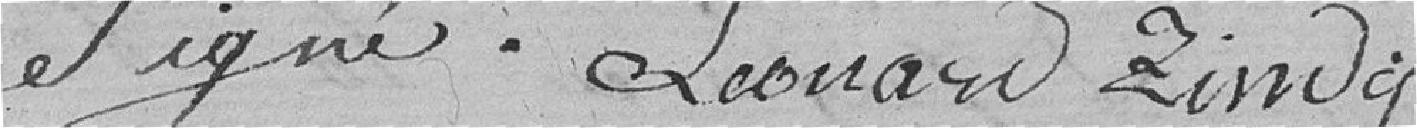
signé. Léonard Zindy